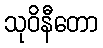
သုဝိနီတော